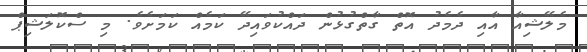
މެލޭޝިއާ އާއި ދެމެދު އޮތް ގާތްގުޅުން ދައްކުވައިދޭ ކަމެއް ކަމަށެވެ. މި ސްކޮލަޝިޕް